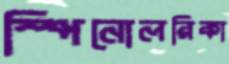
স্পিনোলরিকা